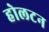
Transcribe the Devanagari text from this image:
होलटन